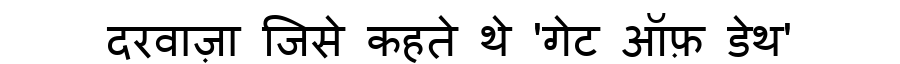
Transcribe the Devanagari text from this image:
दरवाज़ा जिसे कहते थे 'गेट ऑफ़ डेथ'